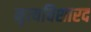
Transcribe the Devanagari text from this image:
नृत्यविशारद